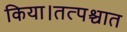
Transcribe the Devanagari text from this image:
किया।तत्पश्चात